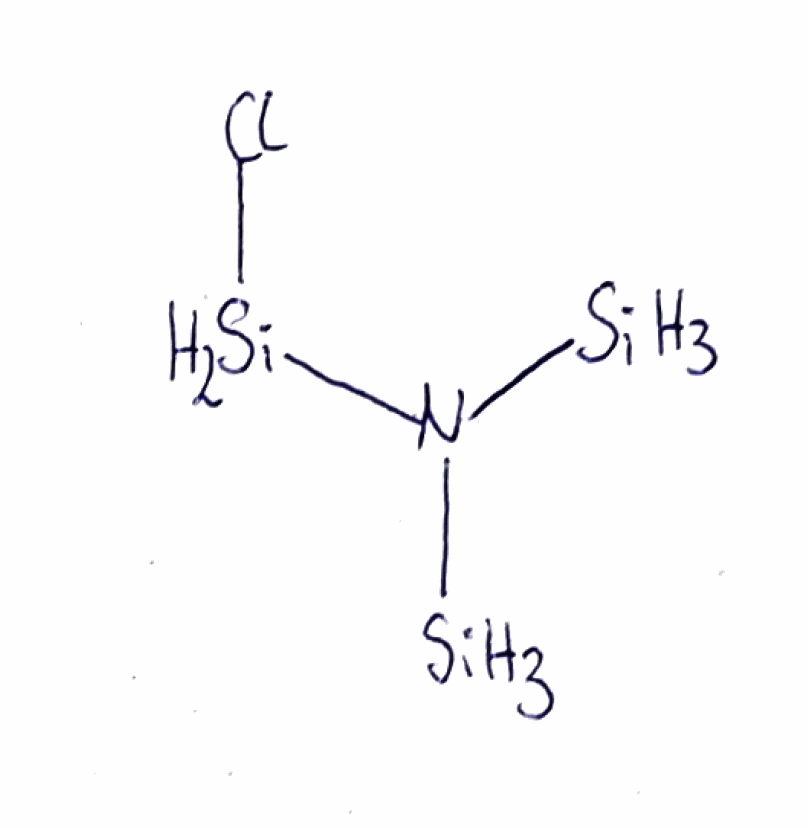
Simplified molecular-input line-entry system (SMILES) notation of the given molecule:
N([SiH3])([SiH3])[SiH2]Cl